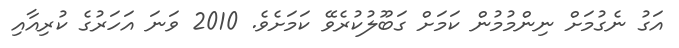
އަގު ނެގުމަށް ނިންމުމުން ކަމަށް ގަބޫލުކުރެވޭ ކަމަށެވެ. 2010 ވަނަ އަހަރުގެ ކުރިއާއި